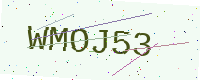
Text: WMOJ53